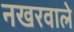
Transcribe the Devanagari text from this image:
नखरवाले